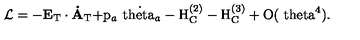
{ \cal L } = - \bf E _ { \mathrm { T } } \cdot \dot { A } _ { \mathrm { T } } \mathrm { + p _ { \it a } \dot { \ t h e t a _ { \it a } } - H _ { C } ^ { ( 2 ) } - H _ { C } ^ { ( 3 ) } + O ( \ t h e t a ^ { 4 } ) . \vspace { 1 e m } }